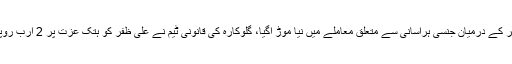
میشا شفیع اورعلی ظفر کے درمیان جنسی ہراسانی سے متعلق معاملے میں نیا موڑ آگیا، گلوکارہ کی قانونی ٹیم نے علی ظفر کو ہتک عزت پر 2 ارب روپے کا نوٹس بھجوادیا۔